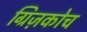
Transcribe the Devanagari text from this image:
ग्रिज़कोच